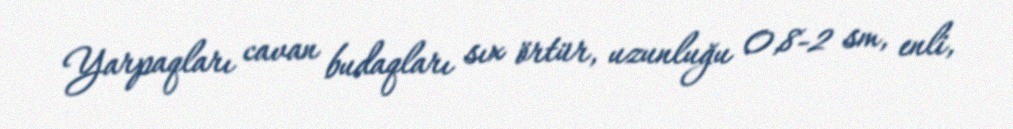
Yarpaqları cavan budaqları sıx örtür, uzunluğu 0,8-2 sm, enli,